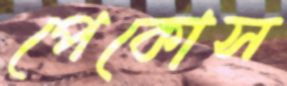
পেকোস